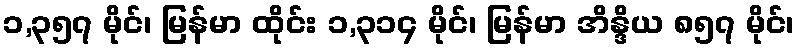
၁,၃၅၇ မိုင်၊ မြန်မာ ထိုင်း ၁,၃၁၄ မိုင်၊ မြန်မာ အိန္ဒိယ ၈၅၇ မိုင်၊